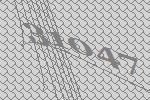
31047